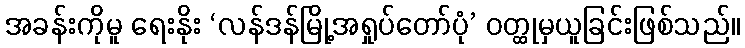
အခန်းကိုမူ ရေးနိုး ‘လန်ဒန်မြို့အရှုပ်တော်ပုံ’ ဝတ္ထုမှယူခြင်းဖြစ်သည်။